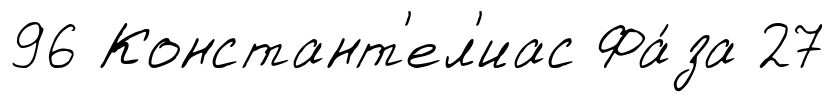
96 Констант'ел'иас Фа́за 27